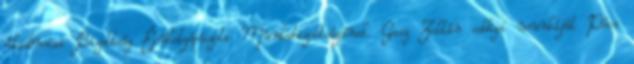
Akadémiai Bizottság Épületgépészeti Munkabizottságának. Gasz Zoltán eddigi munkáját Pécs